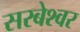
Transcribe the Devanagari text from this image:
सरबेश्‍वर